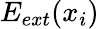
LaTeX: E_{ext}(x_{i})